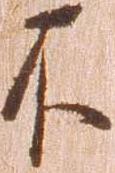
不